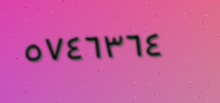
٥٧٤٦٣٦٤